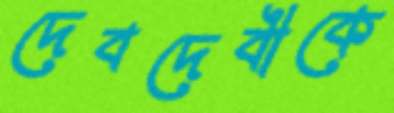
দেবদেবীকে